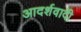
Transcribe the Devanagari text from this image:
आदर्शवादीें